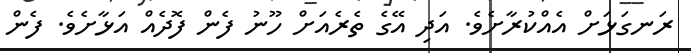
ރަނގަޅަށް އެއްކުރާށެވެ. އަދި އޭގެ ތެރެއަށް ހޫނު ފެން ފޮދެއް އަޅާށެވެ. ފެން